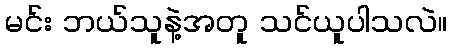
မင်း ဘယ်သူနဲ့အတူ သင်ယူပါသလဲ။